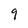
Character: 9